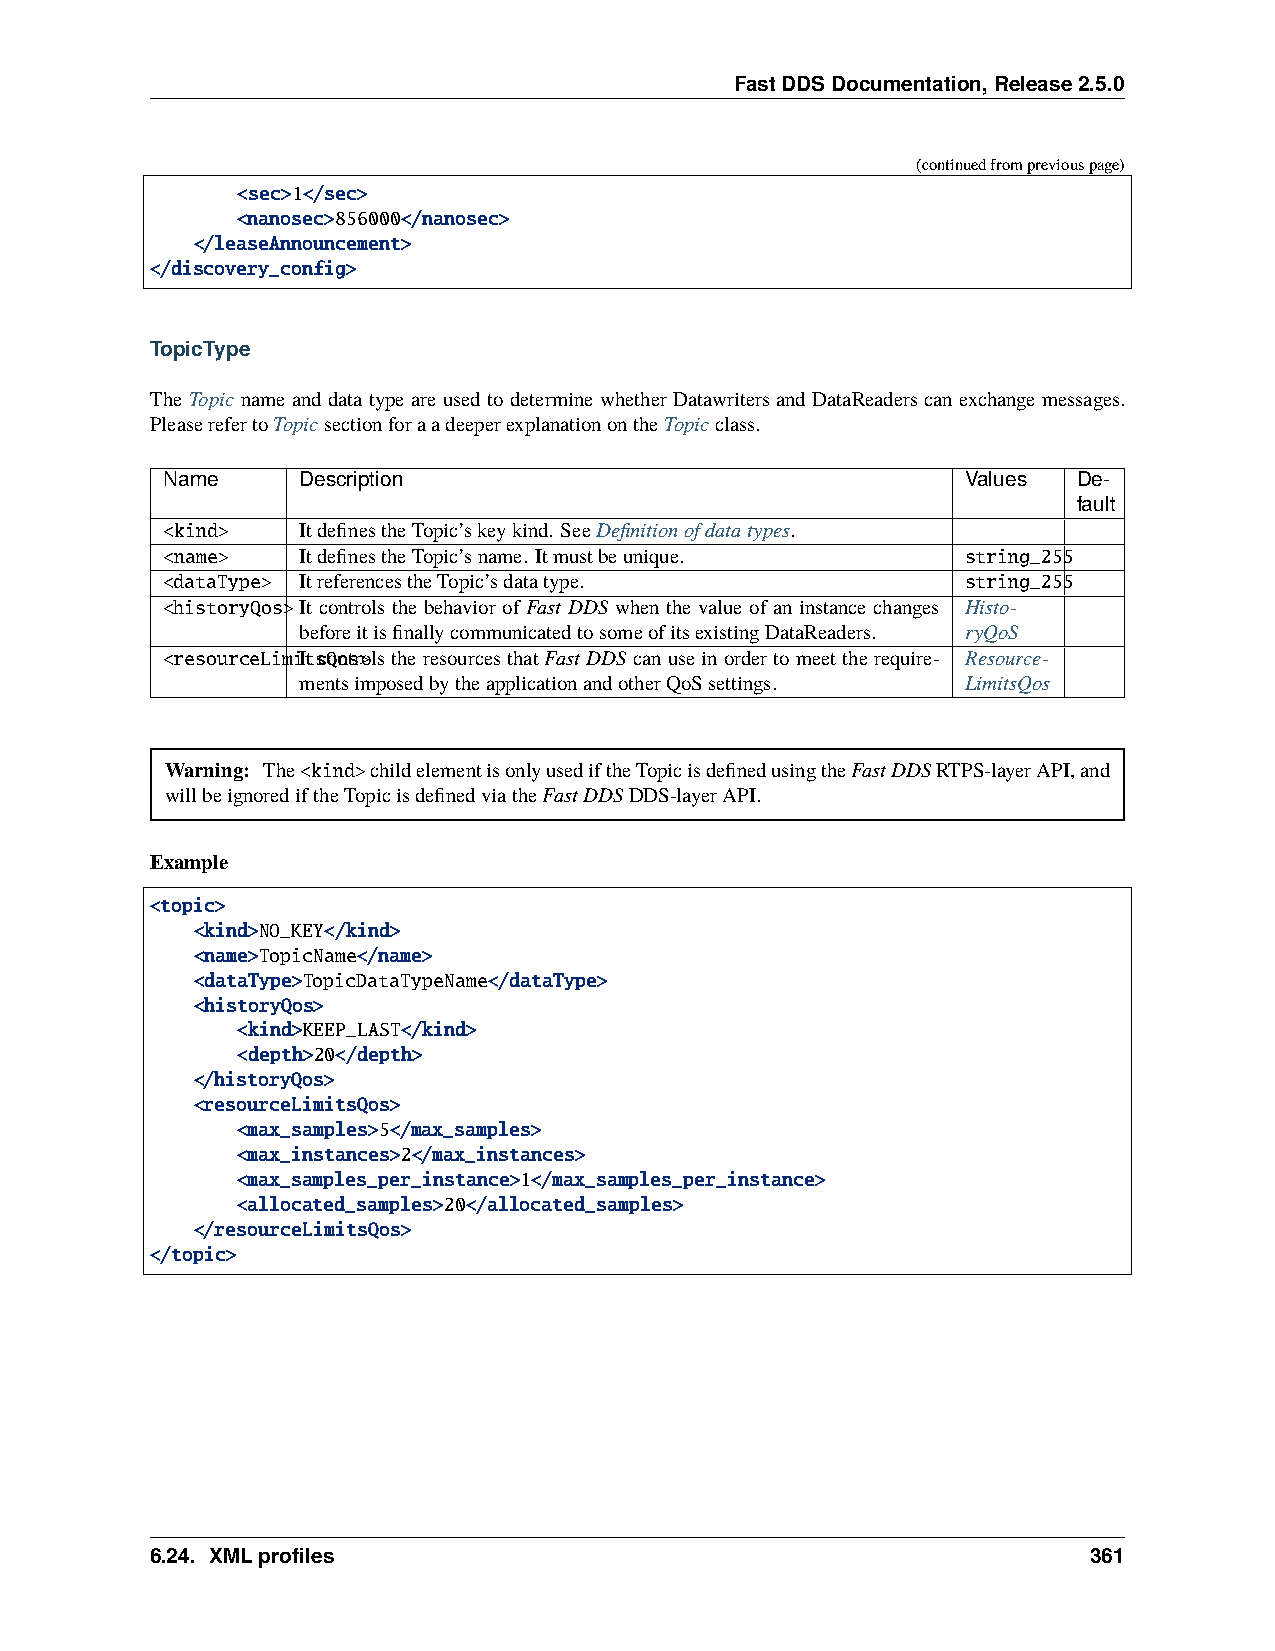
FastDDSDocumentation,Release2.5.0
 (continuedfrompreviouspage)
 <sec>1</sec>
 <nanosec>856000</nanosec>
 </leaseAnnouncement>
 </discovery_config>
 TopicType
 The Topic name and data type are used to determine whether Datawriters and DataReaders can exchange messages.
 PleaserefertoTopicsectionforaadeeperexplanationontheTopicclass.
 Name     Description                                 Values De-
 fault
 <kind>   ItdefinestheTopic’skeykind. SeeDefinitionofdatatypes.
 <name>   ItdefinestheTopic’sname. Itmustbeunique.    string_255
 <dataType> ItreferencestheTopic’sdatatype.           string_255
 <historyQos>It controls the behavior of Fast DDS when the value of an instance changes Histo-
 beforeitisfinallycommunicatedtosomeofitsexistingDataReaders. ryQoS
 <resourceLimiIttscQoontsr>olstheresourcesthatFastDDS canuseinordertomeettherequire- Resource-
 mentsimposedbytheapplicationandotherQoSsettings. LimitsQos
 Warning: The<kind>childelementisonlyusediftheTopicisdefinedusingtheFastDDSRTPS-layerAPI,and
 willbeignorediftheTopicisdefinedviatheFastDDSDDS-layerAPI.
 Example
 <topic>
 <kind>NO_KEY</kind>
 <name>TopicName</name>
 <dataType>TopicDataTypeName</dataType>
 <historyQos>
 <kind>KEEP_LAST</kind>
 <depth>20</depth>
 </historyQos>
 <resourceLimitsQos>
 <max_samples>5</max_samples>
 <max_instances>2</max_instances>
 <max_samples_per_instance>1</max_samples_per_instance>
 <allocated_samples>20</allocated_samples>
 </resourceLimitsQos>
 </topic>
 6.24. XMLprofiles                                             361